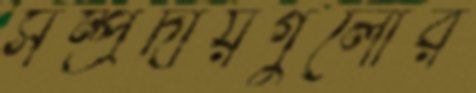
সম্প্রদায়গুলোর